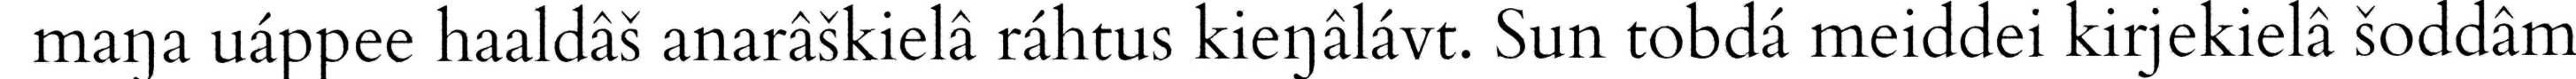
maŋa uáppee haaldâš anarâškielâ ráhtus kieŋâlávt. Sun tobdá meiddei kirjekielâ šoddâm